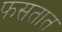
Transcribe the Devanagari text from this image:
फसतात